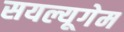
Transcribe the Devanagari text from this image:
सयल्यूगेम